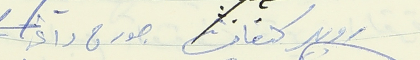
روبير كنعان جورج داغر